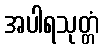
အပါရသုတ္တံ